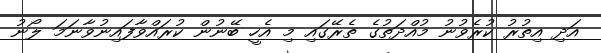
އަދި އިތުރު ކުރެވުނު މުއްދަތުގެ ތެރޭގައި މި އެހީ ބޭނުން ކުރައްވާފައިނުވާނަމަ ލޯނު